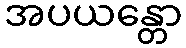
အပယန္တော